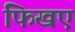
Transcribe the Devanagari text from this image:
फिखए